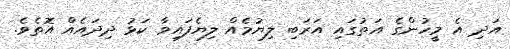
އަދި އެ މީހުންގެ އަތުގައި އަރަބި ލިޔުމެއް ލިޔެފައިވާ ކަޅު ދިދައެއް އޮތެވެ.